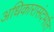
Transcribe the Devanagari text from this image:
अधिकारासंदर्भात